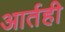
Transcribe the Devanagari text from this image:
आर्तही